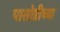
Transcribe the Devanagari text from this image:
पासोडीच्या